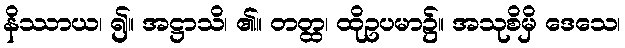
နိဿာယ၊ ၍။ အဋ္ဌာသိ၊ ၏။ တတ္ထ၊ ထိုဥပမာ၌။ အသုစိမှိ ဒေသေ၊